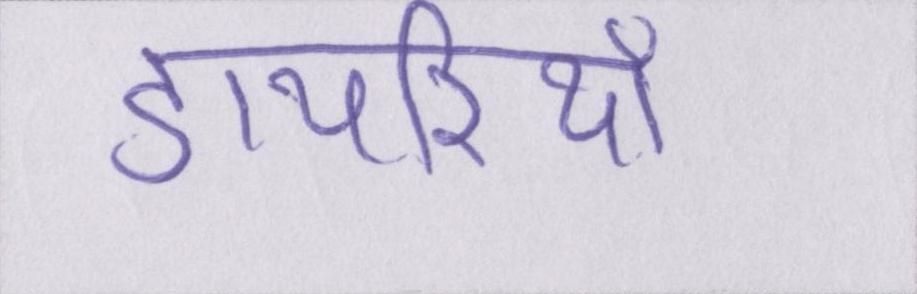
डायरियाँ